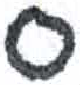
אות: ס